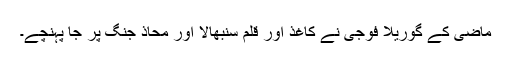
ماضی کے گوریلا فوجی نے کاغذ اور قلم سنبھالا اور محاذ جنگ پر جا پہنچے۔